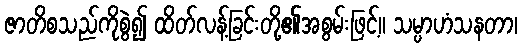
ဇာတိစသည်ကိုစွဲ၍ ထိတ်လန့်ခြင်းတို့၏အစွမ်းဖြင့်။ သမ္ပာဟံသနတာ၊